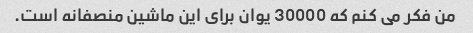
من فکر می کنم که 30000 یوان برای این ماشین منصفانه است.